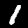
Label: 1